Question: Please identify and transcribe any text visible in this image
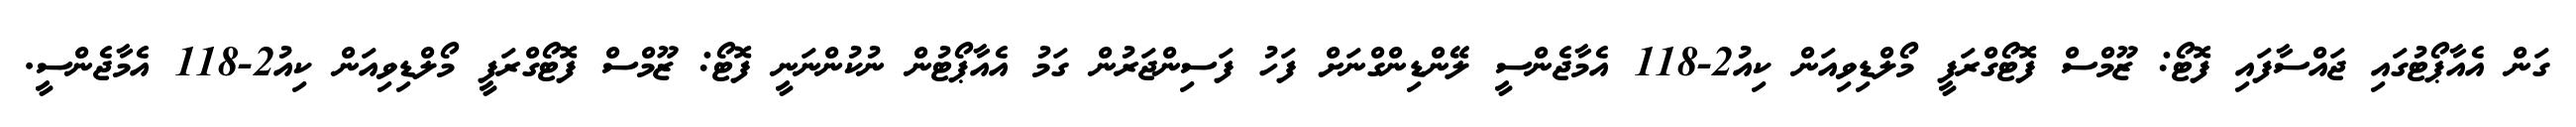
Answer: ގަން އެއާޕޯޓުގައި ޖައްސާފައި ފޮޓޯ: ޒޫމްސް ފޮޓޯގްރަފީ މޯލްޑިވިއަން ކިއު2-118 އެމާޖެންސީ ލޭންޑިންގްނަށް ފަހު ފަސިންޖަރުން ގަމު އެއާޕޯޓުން ނުކުންނަނީ ފޮޓޯ: ޒޫމްސް ފޮޓޯގްރަފީ މޯލްޑިވިއަން ކިއު2-118 އެމާޖެންސީ.